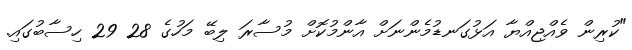
"ކުރިން ވެއްޖިއްޔާ އަޅުގަނޑުމެންނަށް އާންމުކޮށް މުސާރަ ލިބޭ މަހުގެ 28 29 ހިސާބުގައި.